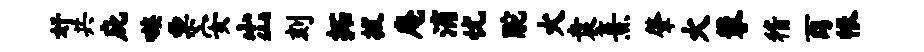
奸共庇嗾票安出刻拓拔庵滴忧酡火袁熹肇火攀稽酉帐